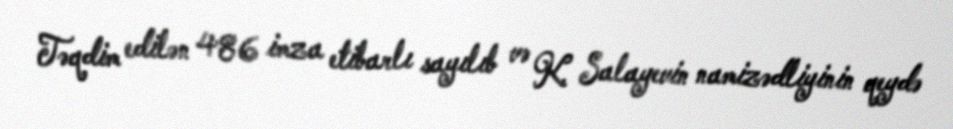
Təqdim edilən 486 imza etibarlı sayılıb və K. Salayevin namizədliyinin qeydə